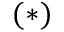
( \ast )